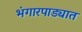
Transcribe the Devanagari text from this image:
भंगारपाड्यात